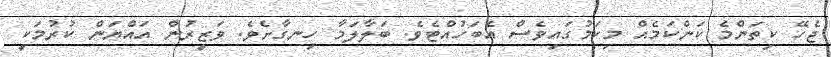
ޖެހޭ ކިތަންމެ ކަންކަމެއް މިކަމުގައިވެސް އެބަހުއްޓެވެ. ބަލާލަމާ ހިނގާށެވެ. ވަޒީރުން އައްޔަން ކުރުމަކީ